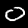
Label: 0